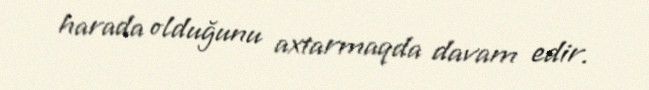
harada olduğunu axtarmaqda davam edir.